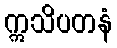
ဣသိပတနံ